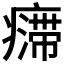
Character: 𱱣